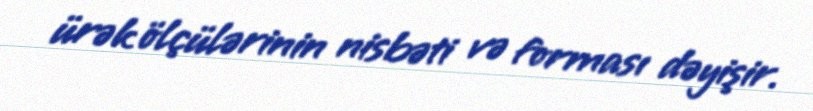
ürək ölçülərinin nisbəti və forması dəyişir.